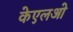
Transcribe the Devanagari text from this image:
केएलओ